Subject: eess
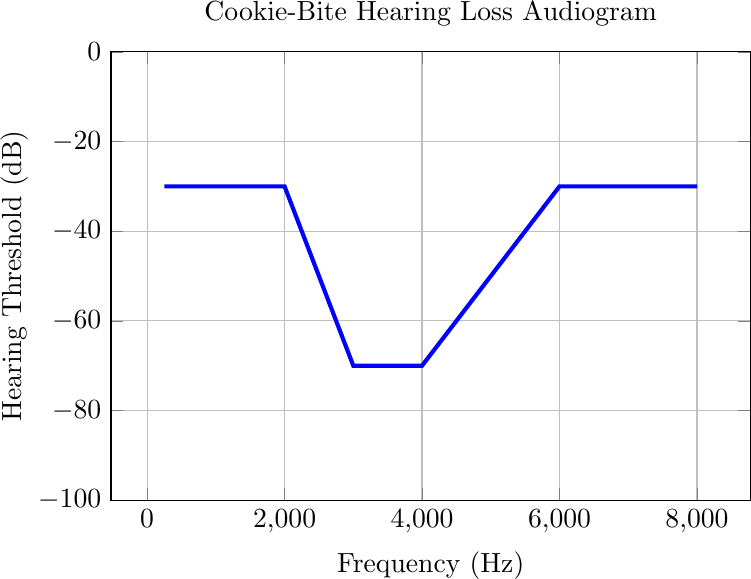
LaTeX code:
    \begin{tikzpicture}
        \begin{axis}[
            width=0.8\textwidth,
            height=0.6\textwidth,
            xlabel={Frequency (Hz)},
            ylabel={Hearing Threshold (dB)},
            title={Cookie-Bite Hearing Loss Audiogram},
            grid=major,
            ymin=-100, ymax=0,  % Adjust the y-axis limits as needed
            ]

            \addplot[blue, line width=1.5pt] coordinates {
                (250, -30)
                (2000, -30)
                (3000, -70)
                (4000, -70)
                (6000, -30)
                (8000, -30)
            };

        \end{axis}
    \end{tikzpicture}